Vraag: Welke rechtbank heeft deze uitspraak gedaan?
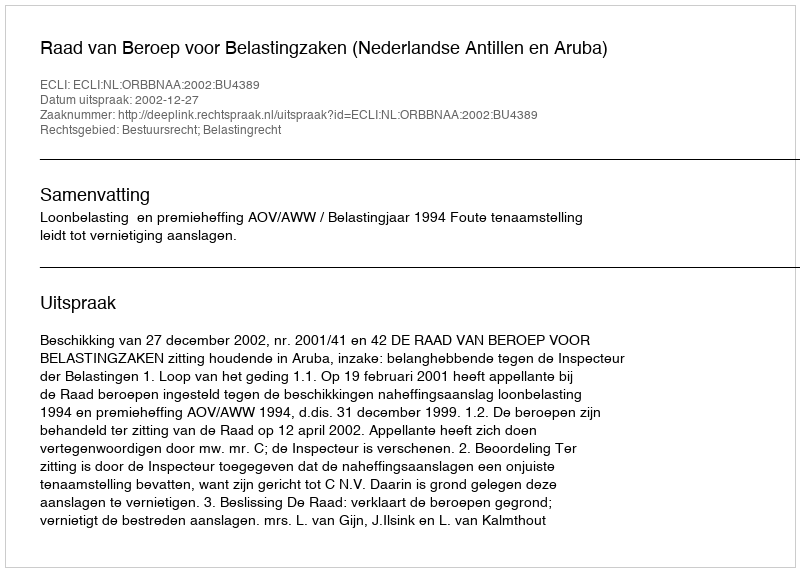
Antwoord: Raad van Beroep voor Belastingzaken (Nederlandse Antillen en Aruba)